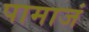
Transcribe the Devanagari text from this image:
पामाजं